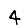
Digit: 4